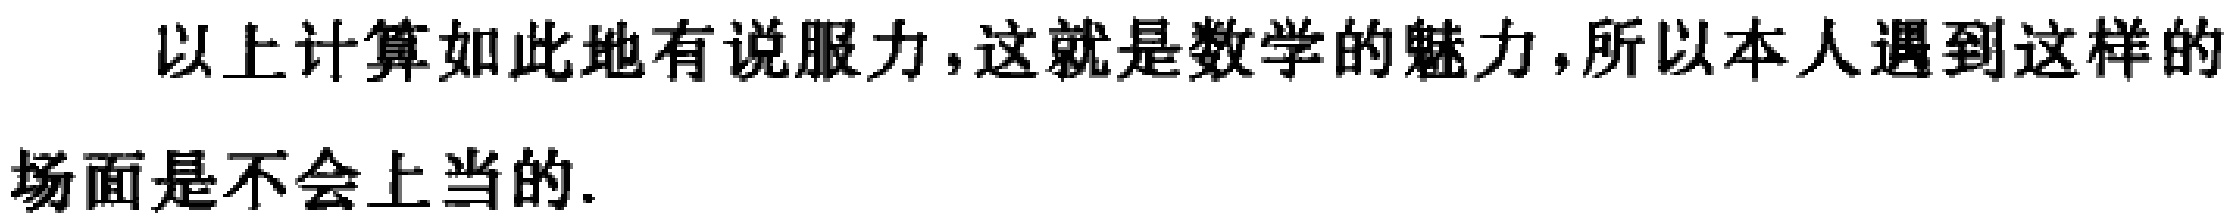
以上计算如此地有说服力,这就是数学的魅力,所以本人遇到这样的场面是不会上当的.